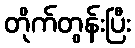
တိုက်တွန်းပြီး